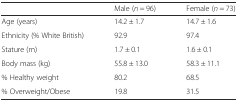
<table><thead><tr><td></td><td><b>Male (<i>n</i> = 96)</b></td><td><b>Female (<i>n</i> = 73)</b></td></tr></thead><tbody><tr><td>Age (years)</td><td>14.2 ± 1.7</td><td>14.7 ± 1.6</td></tr><tr><td>Ethnicity (% White British)</td><td>92.9</td><td>97.4</td></tr><tr><td>Stature (m)</td><td>1.7 ± 0.1</td><td>1.6 ± 0.1</td></tr><tr><td>Body mass (kg)</td><td>55.8 ± 13.0</td><td>58.3 ± 11.1</td></tr><tr><td>% Healthy weight</td><td>80.2</td><td>68.5</td></tr><tr><td>% Overweight/Obese</td><td>19.8</td><td>31.5</td></tr></tbody></table>